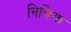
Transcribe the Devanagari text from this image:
निचिया